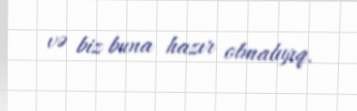
və biz buna hazır olmalıyıq.